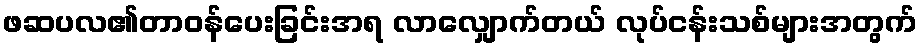
ဖဆပလ၏တာဝန်ပေးခြင်းအရ လာလျှောက်တယ် လုပ်ငန်းသစ်များအတွက်